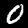
Label: 0